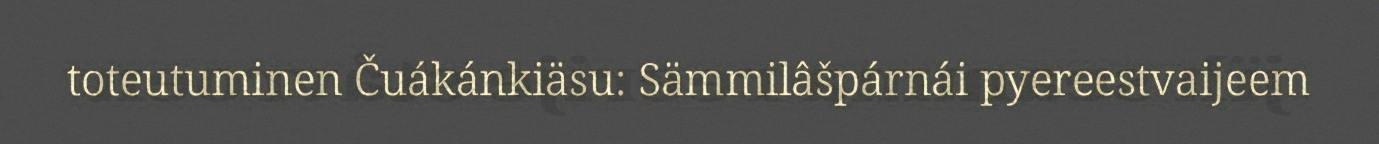
toteutuminen Čuákánkiäsu: Sämmilâšpárnái pyereestvaijeem